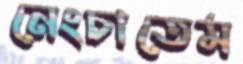
নেংচাতেম